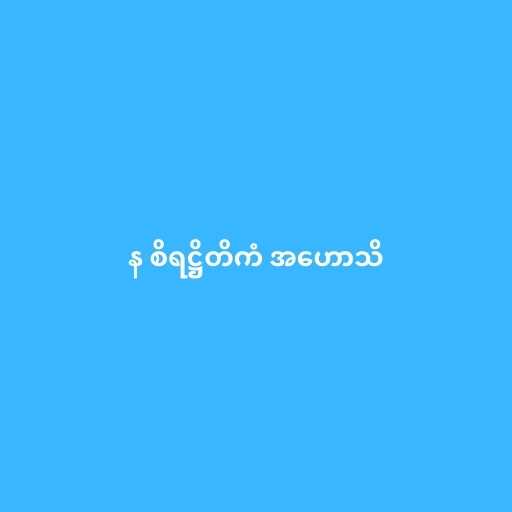
န စိရဋ္ဌိတိကံ အဟောသိ